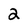
Character: 2